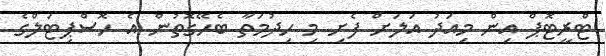
ޓްރީޓޮޕް އިން މިއަދު އަލަށް ފެށި މި ހިދުމަތާ ބެހޭގޮތުން އެ ހޮސްޕިޓަލްގެ